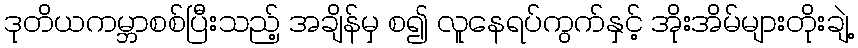
ဒုတိယကမ္ဘာစစ်ပြီးသည့် အချိန်မှ စ၍ လူနေရပ်ကွက်နှင့် အိုးအိမ်များတိုးချဲ့